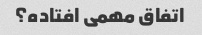
اتفاق مهمی افتاده؟